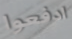
ادفعوا